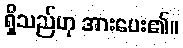
ရှိသည်ဟု အားပေး၏။